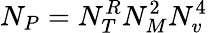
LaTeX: N_{P}=N_{T}^{R}N_{M}^{2}N_{v}^{4}